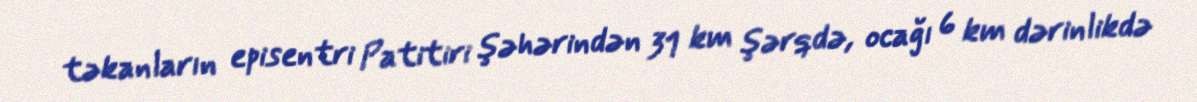
təkanların episentri Patitiri şəhərindən 31 km şərqdə, ocağı 6 km dərinlikdə